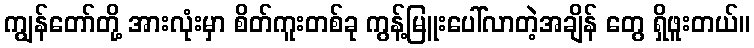
ကျွန်တော်တို့ အားလုံးမှာ စိတ်ကူးတစ်ခု ကွန့်မြူးပေါ်လာတဲ့အချိန် တွေ ရှိဖူးတယ်။